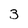
Character: 3